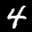
Label: 4